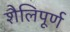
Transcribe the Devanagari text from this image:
शैलिपूर्ण